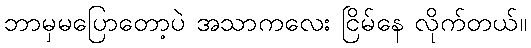
ဘာမှမပြောတော့ပဲ အသာကလေး ငြိမ်နေ လိုက်တယ်။